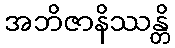
အဘိဇာနိဿန္တိ